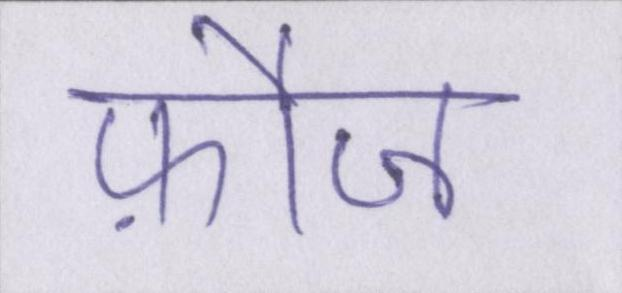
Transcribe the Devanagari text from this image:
फ़ौज